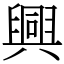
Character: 興